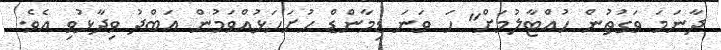
ދާނަމަ ވަގުތުން ހުއްޓާލުމަށް" ހަ ވަނަ ޑިމާންޑް ހުށަހަޅުއްވަމުން އަބްދު ވިދާޅުވި އެވެ.